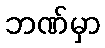
ဘဏ်မှာ